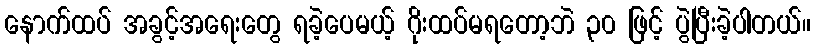
နောက်ထပ် အခွင့်အရေးတွေ ရခဲ့ပေမယ့် ဂိုးထပ်မရတော့ဘဲ ၃၀ ဖြင့် ပွဲပြီးခဲ့ပါတယ်။